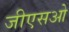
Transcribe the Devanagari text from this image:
जीएसओ